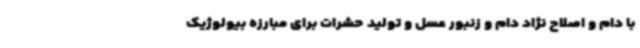
با دام و اصلاح نژاد دام و زنبور عسل و تولید حشرات برای مبارزه بیولوژیک